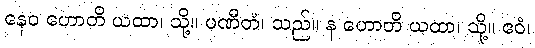
နေဝ ဟောတိ ယထာ၊ သို့။ ပဏီတံ၊ သည်။ န ဟောတိ ယထာ၊ သို့။ ဧဝံ၊